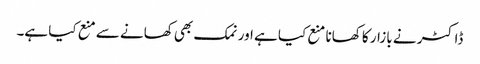
ڈاکٹر نے بازار کا کھانا منع کیا ہے اور نمک بھی کھانے سے منع کیا ہے۔